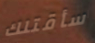
سأقتلك